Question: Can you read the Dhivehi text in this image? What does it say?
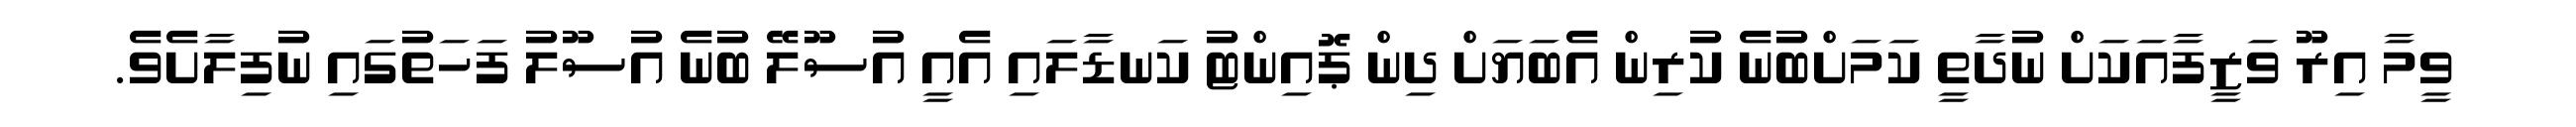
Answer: ވީމާ އިރޫ ވަޒީފާއަކަށް ނުދާތީ ކަމަށްބުނެ ކުރިން އެބަޔަށް ދިން ޕޮއިންޓު ކަނޑާލައި އެއީ އުސޫލޭ ބުނެ އުސޫލު ފަހަތުގައި ނުފިލާށެވެ.